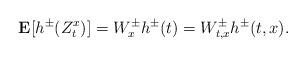
LaTeX: \begin{align*}\mathbf{E} [ h^{\pm}(Z^x_t) ]= W_x^{\pm} h^{\pm}(t)= W_{t,x}^{\pm} h^{\pm}(t,x). \end{align*}